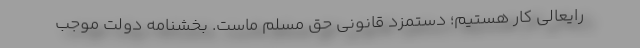
رایعالی کار هستیم؛ دستمزدِ قانونی حق مسلمِ ماست. بخشنامه دولت موجب